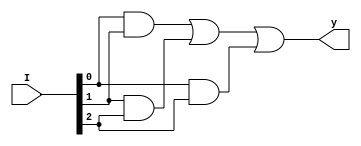
module DF_lab4(y, I);

input [2:0] I;
output y;

assign y = (I[0]&&I[1])||(I[1]&&I[2])||(I[0]&&I[2]);

endmodule